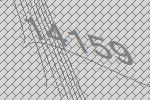
14159